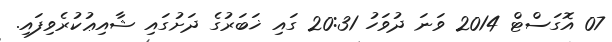
07 އޮގަސްޓް 2014 ވަނަ ދުވަހު 20:31 ގައި ޚަބަރުގެ ދަށުގައި ޝާއިޢުކުރެވިފައި.